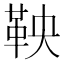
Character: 鞅